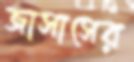
জাসাসের